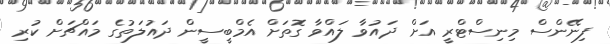
ފިނޭންސް މިނިސްޓްރީ އަށް ދައުވާ ލައްވާ ގޮތަށް އެމްބީސީން ދައުލަތުގެ މައްޗަށް ކުރި